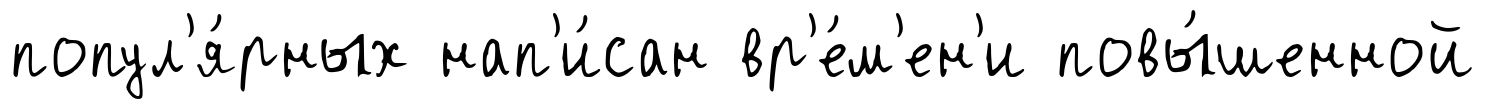
попул'я́рных нап'и́сан вр'е́м'ен'и повы́шенной